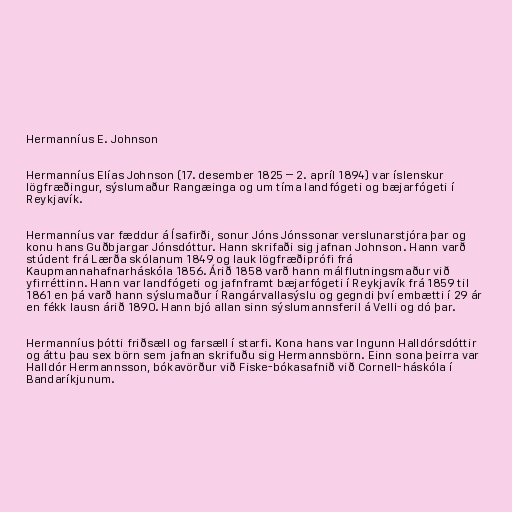
Hermanníus E. Johnson

Hermanníus Elías Johnson (17. desember 1825 – 2. apríl 1894) var íslenskur
lögfræðingur, sýslumaður Rangæinga og um tíma landfógeti og bæjarfógeti í
Reykjavík.

Hermanníus var fæddur á Ísafirði, sonur Jóns Jónssonar verslunarstjóra þar og
konu hans Guðbjargar Jónsdóttur. Hann skrifaði sig jafnan Johnson. Hann varð
stúdent frá Lærða skólanum 1849 og lauk lögfræðiprófi frá
Kaupmannahafnarháskóla 1856. Árið 1858 varð hann málflutningsmaður við
yfirréttinn. Hann var landfógeti og jafnframt bæjarfógeti í Reykjavík frá 1859 til
1861 en þá varð hann sýslumaður í Rangárvallasýslu og gegndi því embætti í 29 ár
en fékk lausn árið 1890. Hann bjó allan sinn sýslumannsferil á Velli og dó þar.

Hermanníus þótti friðsæll og farsæll í starfi. Kona hans var Ingunn Halldórsdóttir
og áttu þau sex börn sem jafnan skrifuðu sig Hermannsbörn. Einn sona þeirra var
Halldór Hermannsson, bókavörður við Fiske-bókasafnið við Cornell-háskóla í
Bandaríkjunum.